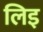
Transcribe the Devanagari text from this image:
लिइ